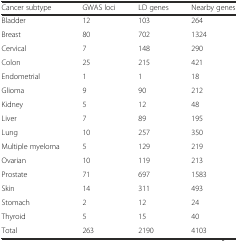
<table><thead><tr><td><b>Cancer subtype</b></td><td><b>GWAS loci</b></td><td><b>LD genes</b></td><td><b>Nearby genes</b></td></tr></thead><tbody><tr><td>Bladder</td><td>12</td><td>103</td><td>264</td></tr><tr><td>Breast</td><td>80</td><td>702</td><td>1324</td></tr><tr><td>Cervical</td><td>7</td><td>148</td><td>290</td></tr><tr><td>Colon</td><td>25</td><td>215</td><td>421</td></tr><tr><td>Endometrial</td><td>1</td><td>1</td><td>18</td></tr><tr><td>Glioma</td><td>9</td><td>90</td><td>212</td></tr><tr><td>Kidney</td><td>5</td><td>12</td><td>48</td></tr><tr><td>Liver</td><td>7</td><td>89</td><td>195</td></tr><tr><td>Lung</td><td>10</td><td>257</td><td>350</td></tr><tr><td>Multiple myeloma</td><td>5</td><td>129</td><td>219</td></tr><tr><td>Ovarian</td><td>10</td><td>119</td><td>213</td></tr><tr><td>Prostate</td><td>71</td><td>697</td><td>1583</td></tr><tr><td>Skin</td><td>14</td><td>311</td><td>493</td></tr><tr><td>Stomach</td><td>2</td><td>12</td><td>24</td></tr><tr><td>Thyroid</td><td>5</td><td>15</td><td>40</td></tr><tr><td>Total</td><td>263</td><td>2190</td><td>4103</td></tr></tbody></table>